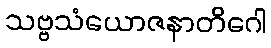
သဗ္ဗသံယောဇနာတိဂေါ